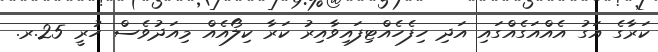
ކަރާގެ އަގު އެއްއަގެއްގައި އަދި ހިފެހެއްޓިފައިވާއިރު ކަރާ ކިލޯއެއް މިއަދުވެސް ހުރީ 25.ރ.